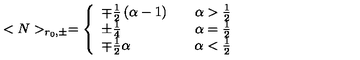
< N > _ { r _ { 0 } , \pm } = \left\{ \begin{array} { l l } { \mp \frac { 1 } { 2 } \left( \alpha - 1 \right) } & { \quad \alpha > \frac { 1 } { 2 } } \\ { \pm \frac { 1 } { 4 } } & { \quad \alpha = \frac { 1 } { 2 } } \\ { \mp \frac { 1 } { 2 } \alpha } & { \quad \alpha < \frac { 1 } { 2 } } \\ \end{array} \right.